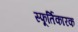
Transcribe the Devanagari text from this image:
स्फूर्तिकारक